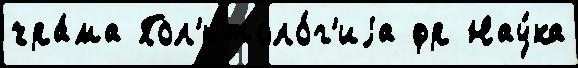
хра́ма Пол'итоло́г'иjа фр Нау́ка